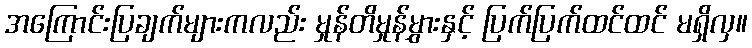
အကြောင်းပြချက်များကလည်း မှုန်တိမှုန်မွှားနှင့် ပြက်ပြက်ထင်ထင် မရှိလှ။